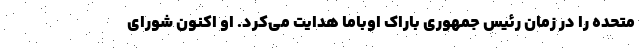
متحده را در زمان رئیس جمهوری باراک اوباما هدایت می‌کرد. او اکنون شورای